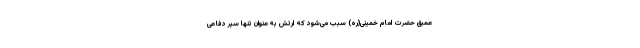
عمیق حضرت امام خمینی(ره) سبب می‌شود که ارتش به‌عنوان تنها سپر دفاعی